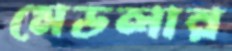
মেডলার